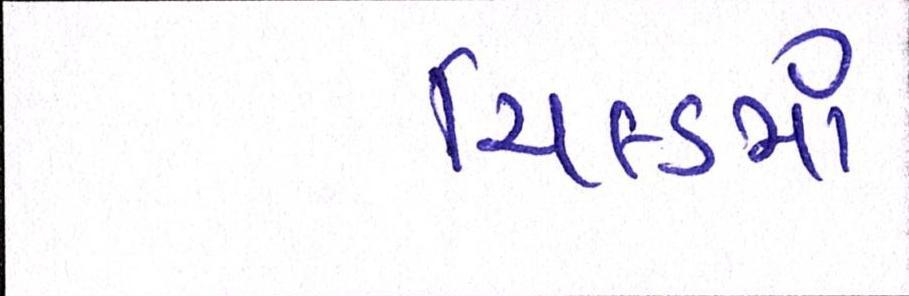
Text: યિલ્ડમાં